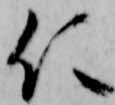
仁